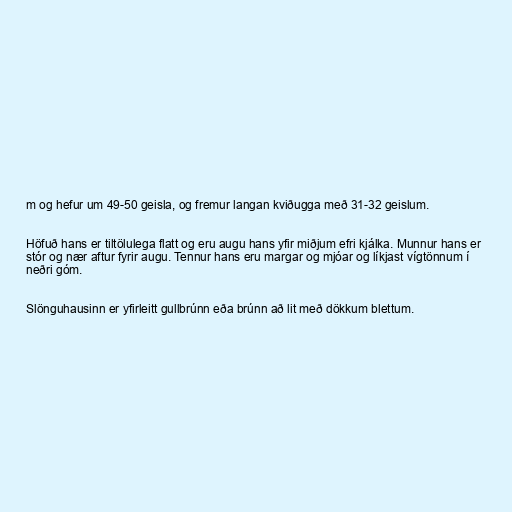
m og hefur um 49-50 geisla, og fremur langan kviðugga með 31-32 geislum.

Höfuð hans er tiltölulega flatt og eru augu hans yfir miðjum efri kjálka. Munnur hans er
stór og nær aftur fyrir augu. Tennur hans eru margar og mjóar og líkjast vígtönnum í
neðri góm.

Slönguhausinn er yfirleitt gullbrúnn eða brúnn að lit með dökkum blettum.